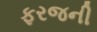
ફરજની